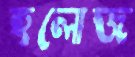
হলোজ